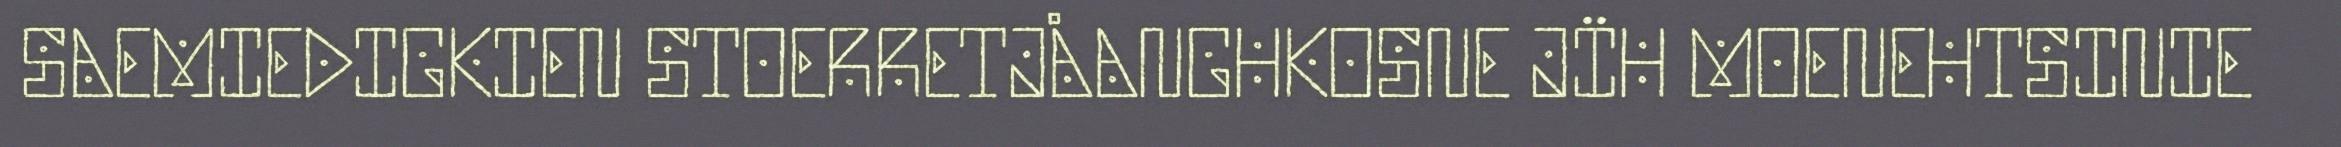
SAEMIEDIGKIEN STOERRETJÅANGHKOSNE JÏH MOENEHTSINIE